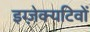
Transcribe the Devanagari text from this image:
इग्ज़ेक्यटिवों